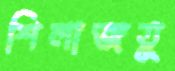
শিলাজতু